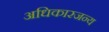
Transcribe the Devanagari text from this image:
अधिकारजन्य